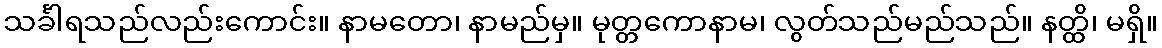
သင်္ခါရသည်လည်းကောင်း။ နာမတော၊ နာမည်မှ။ မုတ္တကောနာမ၊ လွတ်သည်မည်သည်။ နတ္ထိ၊ မရှိ။